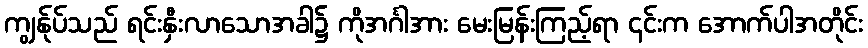
ကျွန်ုပ်သည် ရင်းနှီးလာသောအခါ၌ ကိုအင်္ဂါအား မေးမြန်းကြည့်ရာ ၎င်းက အောက်ပါအတိုင်း